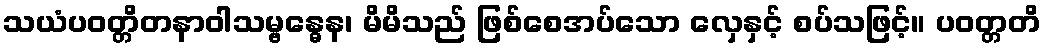
သယံပဝတ္တိတနာဝါသမ္ဗန္ဓေန၊ မိမိသည် ဖြစ်စေအပ်သော လှေနှင့် စပ်သဖြင့်။ ပဝတ္တတိ